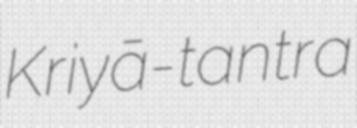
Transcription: Kriyā-tantra